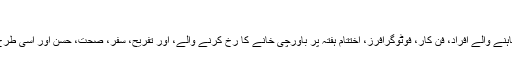
”
ٹیکلرز میں ٹیکنالوجی سے لے کر ادب کے چاہنے والے افراد، فن کار، فوٹوگرافرز، اختتام ہفتہ پر باورچی خانے کا رخ کرنے والے، اور تفریح، سفر، صحت، حسن اور اسی طرح کے دیگر شعبوں سے وابستہ افارد شامل ہیں۔